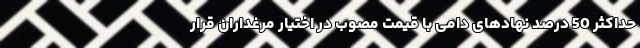
حداکثر 50 درصد نهادهای دامی با قیمت مصوب در اختیار مرغداران قرار